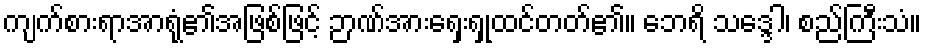
ကျက်စားရာအာရုံ၏အဖြစ်ဖြင့် ဉာဏ်အားရှေးရှုထင်တတ်၏။ ဘေရိ သဒ္ဒေါ၊ စည်ကြီးသံ။